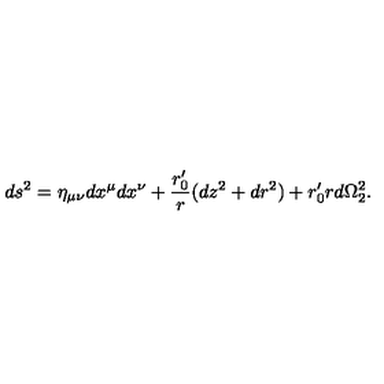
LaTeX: d s ^ { 2 } = \eta _ { \mu \nu } d x ^ { \mu } d x ^ { \nu } + \frac { r _ { 0 } ^ { \prime } } { r } ( d z ^ { 2 } + d r ^ { 2 } ) + r _ { 0 } ^ { \prime } r d \Omega _ { 2 } ^ { 2 } .